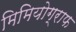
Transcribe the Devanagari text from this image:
मिमियोग्राफ